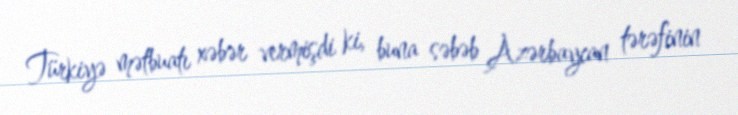
Türkiyə mətbuatı xəbər vermişdi ki, buna səbəb Azərbaycan tərəfinin